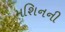
મશિનની